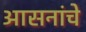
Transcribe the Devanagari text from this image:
आसनांचे